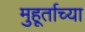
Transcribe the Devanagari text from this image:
मुहूर्ताच्या